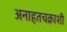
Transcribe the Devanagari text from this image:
अनाहतचक्राशी